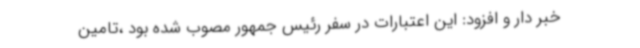
خبر دار و افزود: این اعتبارات در سفر رئیس جمهور مصوب شده بود ،تامین